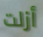
أزلت